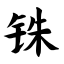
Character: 铢